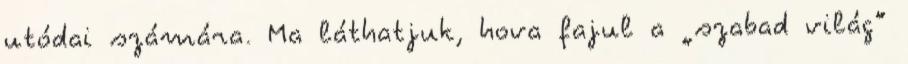
utódai számára. Ma láthatjuk, hova fajul a „szabad világ”